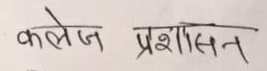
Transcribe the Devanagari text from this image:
कॉलेज प्रशासन